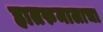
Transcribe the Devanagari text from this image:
हातरुमालाचा